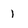
Character: 1